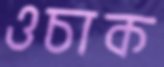
ওচাক